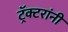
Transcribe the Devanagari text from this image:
ट्रॅक्टरांनी